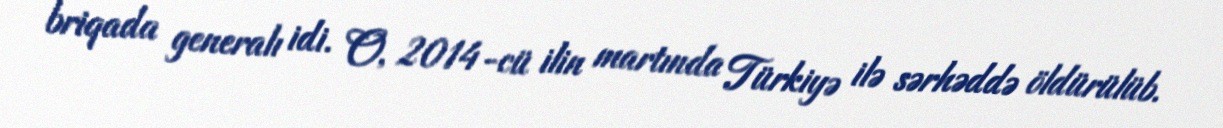
briqada generalı idi. O, 2014-cü ilin martında Türkiyə ilə sərhəddə öldürülüb.